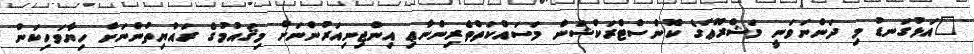
"އަޅުގަނޑު މި ދަންނަވަނީ މަޝްރޫޢުގެ ކޮންސްޓްރަކްޝަން މަސައްކަތްތެރިންނާޢި އިންޖިނިއަރުންނަށް މިޤައުމުގެ ރައްޔިތުންނަށް ހިޔާވަހިކަން